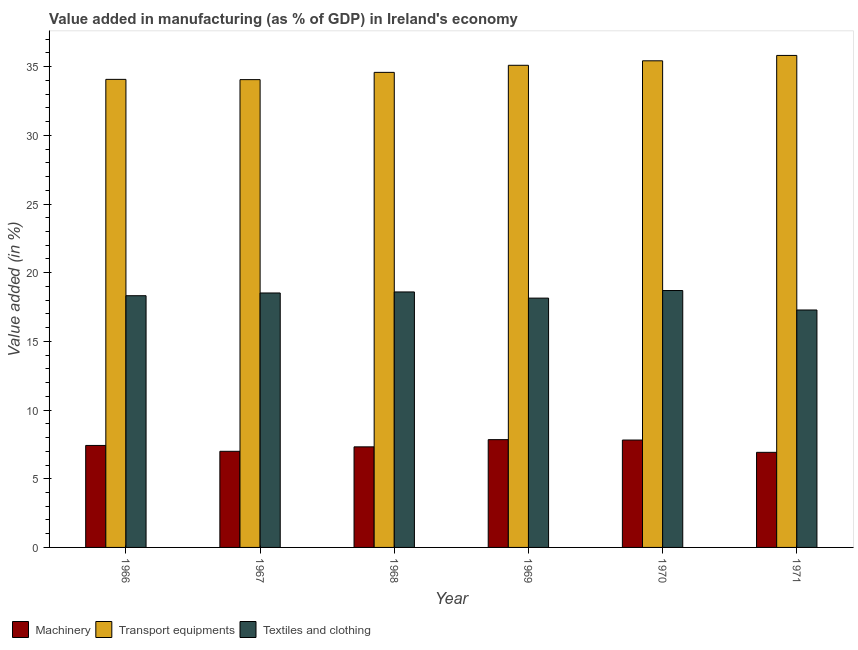
| Year | Machinery | Transport equipments | Textiles and clothing |
 | --- | --- | --- | --- |
 | 1966 | 7.42 | 34.1 | 18.3 |
 | 1967 | 7 | 34.1 | 18.5 |
 | 1968 | 7.32 | 34.6 | 18.6 |
 | 1969 | 7.85 | 35.1 | 18.2 |
 | 1970 | 7.82 | 35.4 | 18.7 |
 | 1971 | 6.92 | 35.8 | 17.3 |